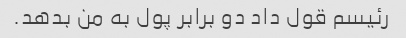
رئیسم قول داد دو برابر پول به من بدهد.